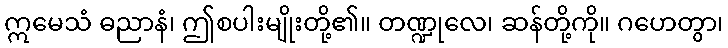
ဣမေသံ ဓညာနံ၊ ဤစပါးမျိုးတို့၏။ တဏ္ဍုလေ၊ ဆန်တို့ကို။ ဂဟေတွာ၊